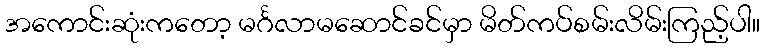
အကောင်းဆုံးကတော့ မင်္ဂလာမဆောင်ခင်မှာ မိတ်ကပ်စမ်းလိမ်းကြည့်ပါ။